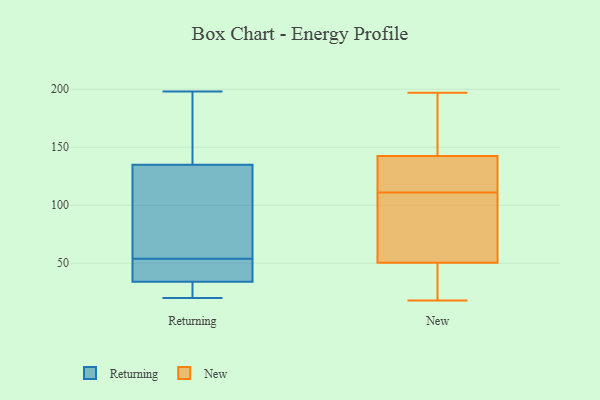
{"axis": {"x": "Net Income (USD K)", "y": "Value"}, "legend": ["New", "Returning"], "data": [{"x": "", "y": 39, "type": "Returning"}, {"x": "", "y": 45, "type": "Returning"}, {"x": "", "y": 63, "type": "Returning"}, {"x": "", "y": 34, "type": "Returning"}, {"x": "", "y": 25, "type": "Returning"}, {"x": "", "y": 28, "type": "Returning"}, {"x": "", "y": 109, "type": "Returning"}, {"x": "", "y": 95, "type": "Returning"}, {"x": "", "y": 160, "type": "Returning"}, {"x": "", "y": 25, "type": "Returning"}, {"x": "", "y": 38, "type": "Returning"}, {"x": "", "y": 20, "type": "Returning"}, {"x": "", "y": 198, "type": "Returning"}, {"x": "", "y": 44, "type": "Returning"}, {"x": "", "y": 173, "type": "Returning"}, {"x": "", "y": 135, "type": "Returning"}, {"x": "", "y": 114, "type": "Returning"}, {"x": "", "y": 190, "type": "Returning"}, {"x": "", "y": 150, "type": "New"}, {"x": "", "y": 123, "type": "New"}, {"x": "", "y": 18, "type": "New"}, {"x": "", "y": 185, "type": "New"}, {"x": "", "y": 132, "type": "New"}, {"x": "", "y": 69, "type": "New"}, {"x": "", "y": 96, "type": "New"}, {"x": "", "y": 58, "type": "New"}, {"x": "", "y": 135, "type": "New"}, {"x": "", "y": 23, "type": "New"}, {"x": "", "y": 106, "type": "New"}, {"x": "", "y": 116, "type": "New"}, {"x": "", "y": 43, "type": "New"}, {"x": "", "y": 160, "type": "New"}, {"x": "", "y": 197, "type": "New"}, {"x": "", "y": 36, "type": "New"}]}